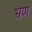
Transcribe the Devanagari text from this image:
भ्रण